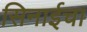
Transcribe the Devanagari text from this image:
सिनाईचा